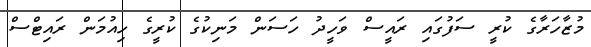
މުޒާހަރާގެ ކުރީ ސަފުގައި ރައީސް ވަހީދު ހަސަން މަނިކުގެ ކުރީގެ ހިއުމަން ރައިޓްސް